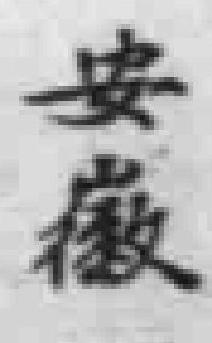
安徽